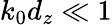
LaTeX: k_{0}d_{z}\ll 1